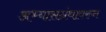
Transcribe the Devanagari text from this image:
अभ्यासग्रंथावरुन